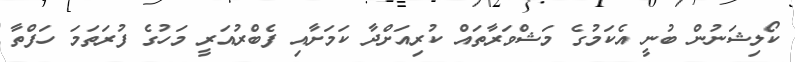
ކޯލިޝަނުން ބުނީ އެކަމުގެ މަޝްވަރާތައް ކުރިއަށްދާ ކަމަށާއި ފެބްރުއަރީ މަހުގެ ފުރަތަމަ ހަފްތާ